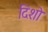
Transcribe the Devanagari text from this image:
दिशो